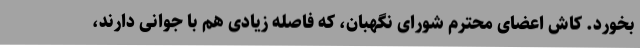
بخورد. کاش اعضای محترم شورای نگهبان، که فاصله زیادی هم با جوانی دارند،